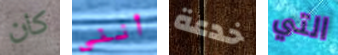
كان أنني خدعة التي